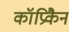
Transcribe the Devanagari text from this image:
कॉप्रिकैन